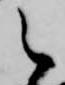
之